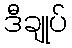
ဒီချုပ်